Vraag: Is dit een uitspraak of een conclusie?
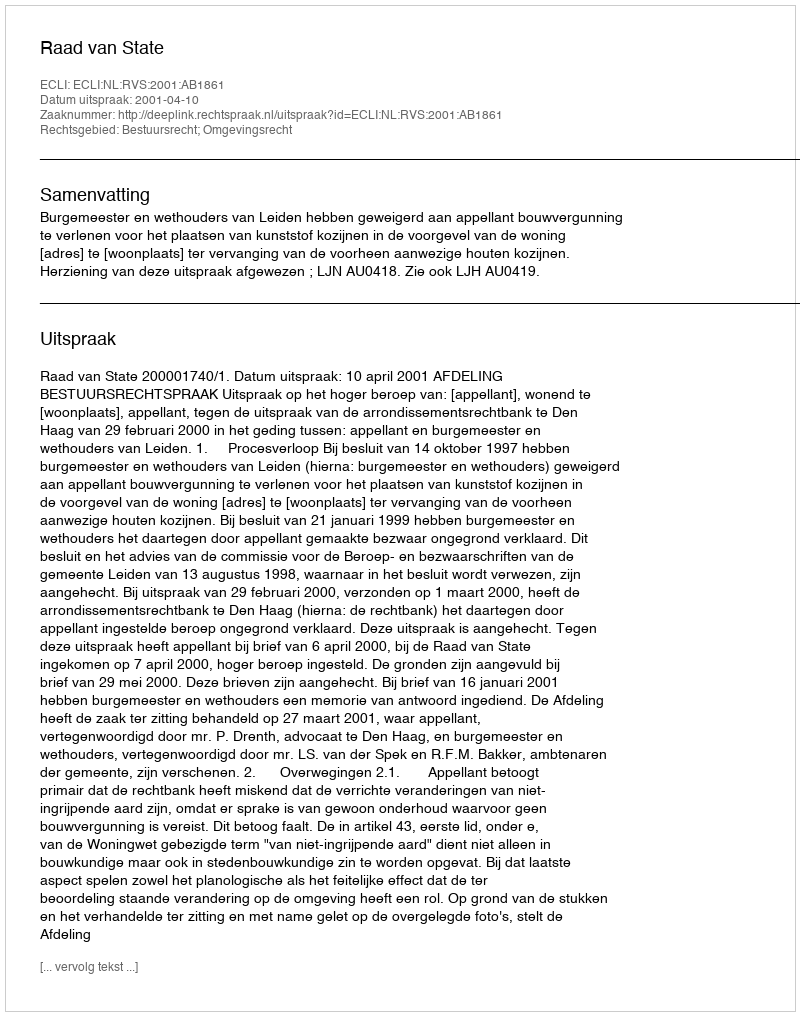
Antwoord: Uitspraak